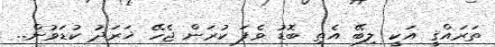
ތަރައްޤީ އަކީ ލިބޭ އެތި ބޮޑު ވެފަ ކުރަން ޖެހޭ ޚަރަދު ކުޑަވުން..